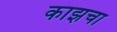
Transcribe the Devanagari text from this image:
काझचा